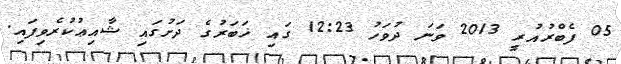
05 ފެބްރުއުރީ 2013 ވަނަ ދުވަހު 12:23 ގައި ޚަބަރުގެ ދަށުގައި ޝާއިޢުކުރެވިފައި.